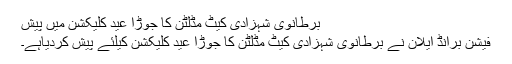
برطانوی شہزادی کیٹ مڈلٹن کا جوڑا عید کلیکشن میں پیش
فیشن برانڈ ایلان نے برطانوی شہزادی کیٹ مڈلٹن کا جوڑا عید کلیکشن کیلئے پیش کردیاہے۔